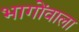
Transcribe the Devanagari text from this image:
भागोंवाला